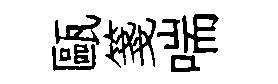
甌箋喘